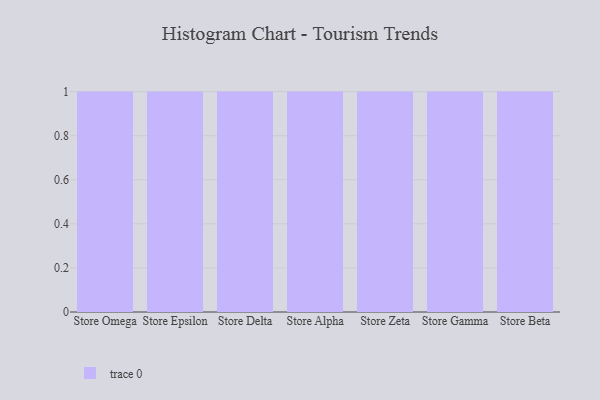
{"axis": {"x": "Store", "y": "Tickets Resolved"}, "legend": [""], "data": [{"x": "Store Omega", "y": 11, "type": ""}, {"x": "Store Epsilon", "y": 77, "type": ""}, {"x": "Store Delta", "y": 16, "type": ""}, {"x": "Store Alpha", "y": 68, "type": ""}, {"x": "Store Zeta", "y": 39, "type": ""}, {"x": "Store Gamma", "y": 63, "type": ""}, {"x": "Store Beta", "y": 72, "type": ""}]}